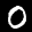
Label: 0